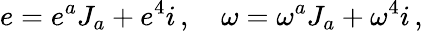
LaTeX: e=e^{a}J_{a}+e^{4}i\, ,\quad\omega=\omega^{a}J_{a}+\omega^{4}i\, ,